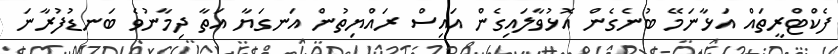
ފެކްޓްރީތައް އަޅާނަމޭ ބުނެގެން އޮޅުވާލައިގެން އައިސް ރައްޔިތުން އަނގަޔާ އަތާ ދިމާނުވެ ބަނޑުފުރާނަ